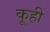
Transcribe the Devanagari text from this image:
कूही